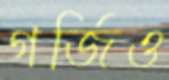
গর্জিও